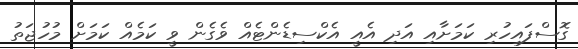
ގޮސްފައިހުރި ކަމަށާއި އަދި އެއީ އެކްސިޑެންޓެއް ވެގެން ވީ ކަމެއް ކަމަށް މުހުޖަތު